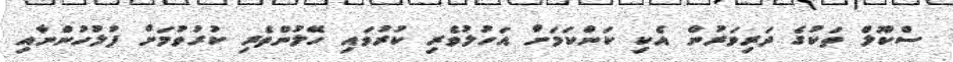
ސްކޫލް ތަކުގެ ދަރިވަރުން އެކި ކަންކަމަށް އަހުލުވެރި ކުރުވައި ހޭލުންތެރި ކުރުވުމަށް ފުލުހުންނާއި